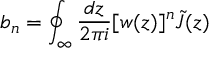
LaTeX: b _ { n } = \oint _ { \infty } \frac { d z } { 2 \pi i } [ w ( z ) ] ^ { n } \tilde { J } ( z )